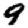
Digit: 9